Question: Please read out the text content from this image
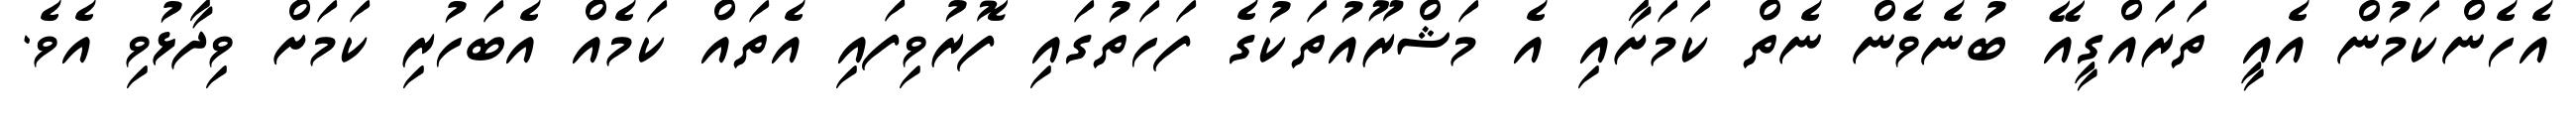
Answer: އެހެންކަމުން އެއީ ތަރައްގީއޭ ބުނެވެން ނެތް ކަމަށާއި އެ މަޝްރޫއުތަކުގެ ފަހަތުގައި ފޮރުވިފައި އެތައް ކަމެއް އެބަހުރި ކަމަށް ވިދާޅުވި އެވެ.